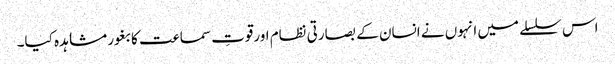
اس سلسلے میں انہوں نے انسان کے بصارتی نظام اورقوتِ سماعت کا بغور مشاہدہ کیا۔